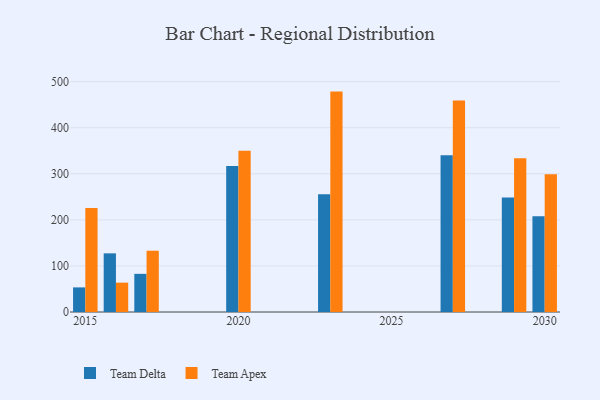
{"axis": {"x": "Year", "y": "Inventory Turnover"}, "legend": ["Team Apex", "Team Delta"], "data": [{"x": "2027", "y": 340.5, "type": "Team Delta"}, {"x": "2027", "y": 458.9, "type": "Team Apex"}, {"x": "2017", "y": 82.8, "type": "Team Delta"}, {"x": "2017", "y": 133.0, "type": "Team Apex"}, {"x": "2016", "y": 127.3, "type": "Team Delta"}, {"x": "2016", "y": 63.7, "type": "Team Apex"}, {"x": "2020", "y": 317.1, "type": "Team Delta"}, {"x": "2020", "y": 349.9, "type": "Team Apex"}, {"x": "2015", "y": 53.4, "type": "Team Delta"}, {"x": "2015", "y": 225.8, "type": "Team Apex"}, {"x": "2029", "y": 248.5, "type": "Team Delta"}, {"x": "2029", "y": 333.7, "type": "Team Apex"}, {"x": "2030", "y": 207.6, "type": "Team Delta"}, {"x": "2030", "y": 298.8, "type": "Team Apex"}, {"x": "2023", "y": 255.8, "type": "Team Delta"}, {"x": "2023", "y": 478.4, "type": "Team Apex"}]}